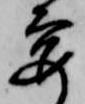
要